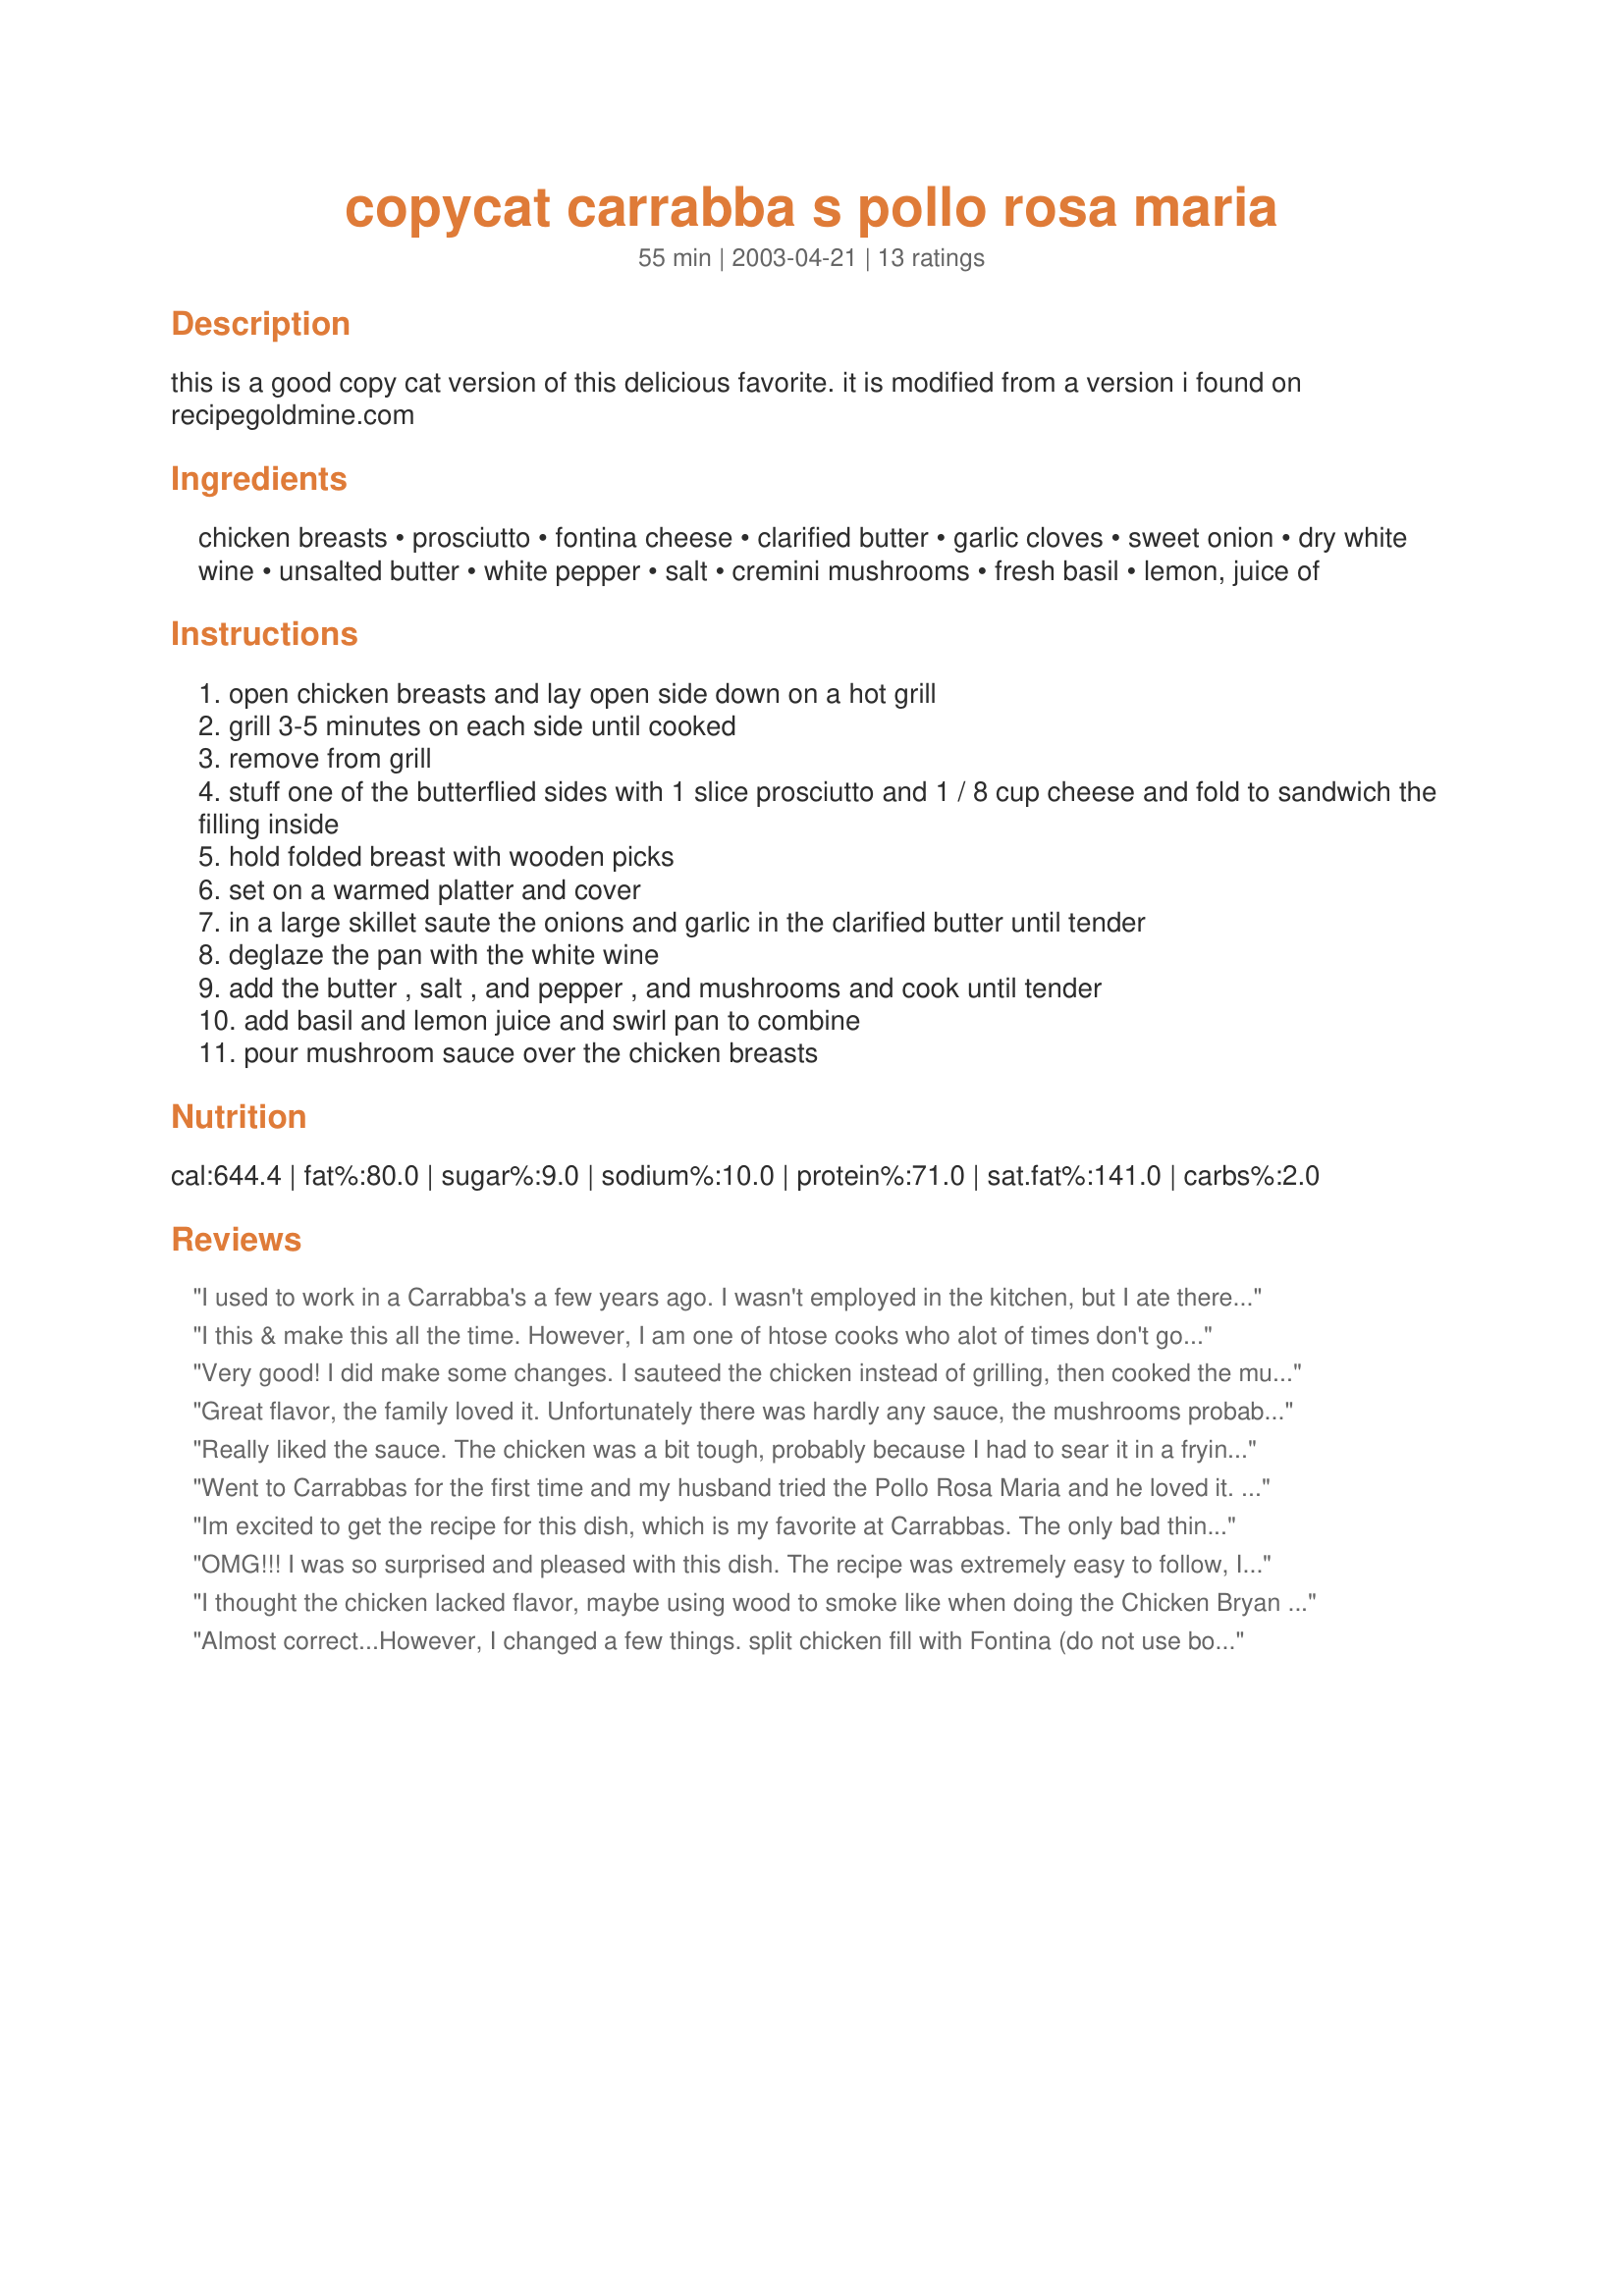
copycat carrabba s pollo rosa maria
Preparation time: 55 minutes

this is a good copy cat version of this delicious favorite. it is modified from a version i found on recipegoldmine.com

Ingredients:
chicken breasts, prosciutto, fontina cheese, clarified butter, garlic cloves, sweet onion, dry white wine, unsalted butter, white pepper, salt, cremini mushrooms, fresh basil, lemon, juice of

Steps:
open chicken breasts and lay open side down on a hot grill
grill 3-5 minutes on each side until cooked
remove from grill
stuff one of the butterflied sides with 1 slice prosciutto and 1 / 8 cup cheese and fold to sandwich the filling inside
hold folded breast with wooden picks
set on a warmed platter and cover
in a large skillet saute the onions and garlic in the clarified butter until tender
deglaze the pan with the white wine
add the butter , salt , and pepper , and mushrooms and cook until tender
add basil and lemon juice and swirl pan to combine
pour mushroom sauce over the chicken breasts

Reviews:
I used to work in a Carrabba's a few years ago. I wasn't employed in the kitchen, but I ate there four or five times a week. I made this recipe tonight because I don't have a store close to me. I think the recipe lacks a little on flavor and it needs a thickening agent. However, the lack of flavor could be that I don't have a wood fire grill and had to saute the chicken. I'll try this recipe again with some adjustments and post any good results. :)
I this & make this all the time. However, I am one of htose cooks who alot of times don't go by recipes, I add a little of this & a little bit of that. I now am that way with this recipe. However, I always make alot of extra sauce, by adding extra wine & butter & seasonings. Family Fovite
Very good! I did make some changes. I sauteed the chicken instead of grilling, then cooked the mushrooms in the same pan and scraped up the browned bits. I also used only 2 tablespoons butter to lower the fat. I love how all the flavors mingle together, especially the lemon juice and basil.
Great flavor, the family loved it. Unfortunately there was hardly any sauce, the mushrooms probably soaked it all up. I'll have to make some adjustments next time to get a bit of sauce out of it, otherwise it was really good. Thanks for the recipe.
Really liked the sauce. The chicken was a bit tough, probably because I had to sear it in a frying pan instead of on a grill. I did not think the prosciutto added much flavor so next time I will try Boar's Head Rosemary & Sun-dried Tomato ham. Also will make sure to tenderize the chicken first. Fontina was not available at my store so I had to use feta cheese and that worked well. Thanks for sharing.
Went to Carrabbas for the first time and my husband tried the Pollo Rosa Maria and he loved it. Decided we wanted to use it for a special dinner party. Loved it on the test run and look forward to the party. I prepared the chix ahead of time and it worked out well.
Im excited to get the recipe for this dish, which is my favorite at Carrabbas. The only bad thing is they grill all their meats on wood fire, which gives the chicken a better flavor. I will see how a gas grill will do! I wish they would change out the picture of this meal. It doesnt do the dish justice. It looks like a bbq sandwich and it has a piece of frozen garlic texas toast - uggg
OMG!!! I was so surprised and pleased with this dish. The recipe was extremely easy to follow, I was surprised at myself with how well it looked and tasted. I could not have asked for a better dish that tastes exactly like Carrabba's, not to mention it's way cheaper! My husband was so excited to see me succeed at actually cooking something we both enjoy. Thanks for the great recipe!
I thought the chicken lacked flavor, maybe using wood to smoke like when doing the Chicken Bryan would have helped. It was good and liked by all. I prefer a lot more garlic and we ate it with roasted garlic mashed red potatoes. I think I will stick to the chicken bryan. thanks for sharing
Almost correct...However, I changed a few things. 
split chicken fill with Fontina (do not use box store cheese) and prosciutto, grilling seasoning & grill (best w/ wood chips), sauteed as described, but get your pan warm on med-high heat, then add olive oil add 2t shallots and garlic sautee (about 1min, it will begin to smell delightful). u want to some brown in the pan. Deglaze. then continue to follow recipe.
I made this tonight and was pleasantly surprised how good it was! We grilled the chicken on a charcoal grill which really added so much flavor! I will say that though the dish tasted great, it certainly did NOT look like it does at the restaurant! I could not get the chicken to bend around the prosciutto and cheese hardly at all! It really was kinda goofy looking with the toothpicks sticking out of the chicken, but it sure did taste good! The sauce tasted kind of lemony to me when I tasted it for seasoning, but was very surprised that when I tasted it with the chicken, I could hardly taste the lemon at all! Also, I couldn't find the clarified butter, so I just used regular salted butter instead and it worked great! Not sure if its worth driving across town to a specialty grocery store to find it! Overall, very yummy and a relatively simple recipe! It is nice to have a soux chef to assist you in the kitchen on this recipe! ;o)
we were really disappointed in this one. No way did it compare with Carrabba's dish! The sauce didn't taste the same nor did it look the same as Carraba's. Sorry
Delicious dinner in not a lot of time! Was out of dry white wine, and substituted dry marsala .... this was so good!
